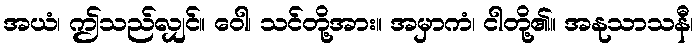
အယံ၊ ဤသည်လျှင်။ ဝေါ၊ သင်တို့အား။ အမှာကံ၊ ငါတို့၏။ အနုသာသနီ၊